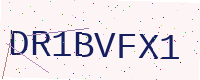
Text: DR1BVFX1